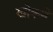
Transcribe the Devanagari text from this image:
खोकणे